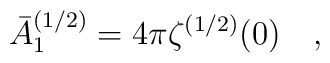
\bar{A}_1^{(1/2)}=4 \pi \zeta^{(1/2)}(0)~~~,